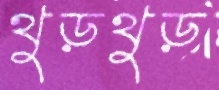
থুড়থুড়